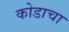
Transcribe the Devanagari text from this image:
कोडाचा